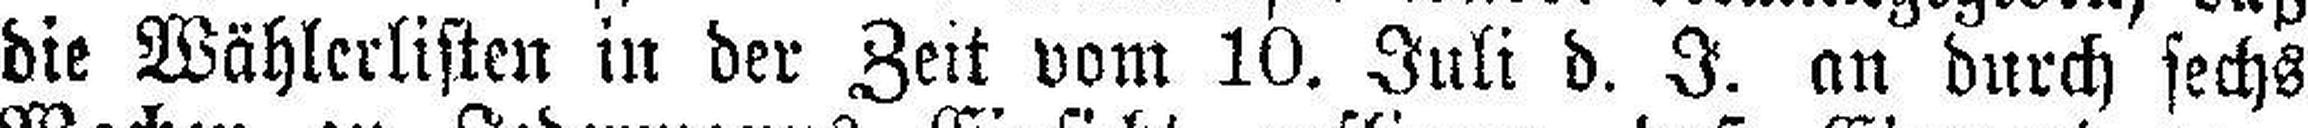
die Wählerlisten in der Zeit vom 10. Juli d. J. an durch sechs